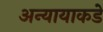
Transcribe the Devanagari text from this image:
अन्यायाकडे